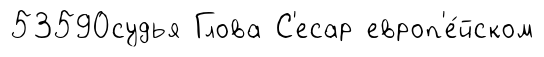
53590судья Глова С'есар европ'е́йском